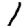
Digit: 1